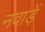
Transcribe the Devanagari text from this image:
नवाड़ें